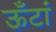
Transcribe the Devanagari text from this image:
ऊँटां